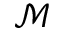
\mathcal { M }